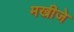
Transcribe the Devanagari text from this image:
मखीजे